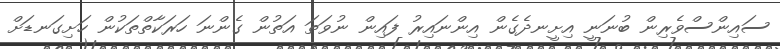
ސައިންސްވެރިން ބުނަނީ އިށީނދެގެން އިންނައިރު ފައިން ނުވަތަ އަތުން ގެންނަ ހަރަކާތްތަކުން ހަށިގަނޑަށް